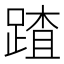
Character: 蹅